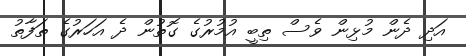
އަދި ދެން މުޅިން ވެސް ތިބީ އުމުރުގެ ގޮތުން ދެ އަހަރުގެ ތަފާތު